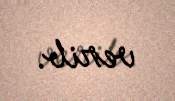
verib.